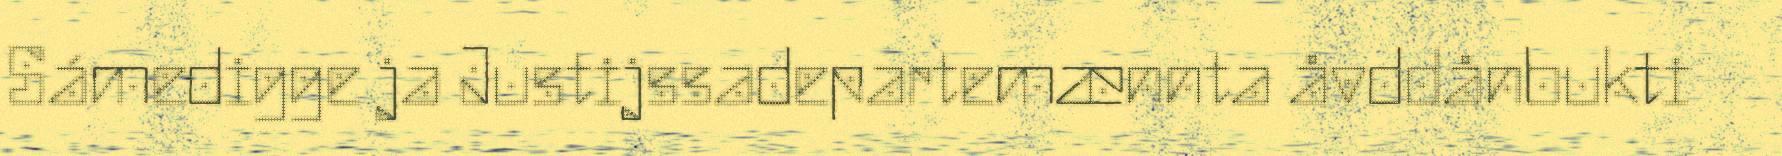
Sámedigge ja Justijssadepartemænnta åvddånbukti